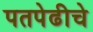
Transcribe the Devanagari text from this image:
पतपेढीचे